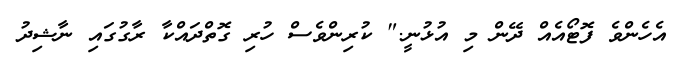
އެހެންވެ ފޮޓޯއެއް ދޭން މި އުޅުނީ." ކުރިންވެސް ހުރި ގޮތްދައްކާ ރާގުގައި ނާޝިދު